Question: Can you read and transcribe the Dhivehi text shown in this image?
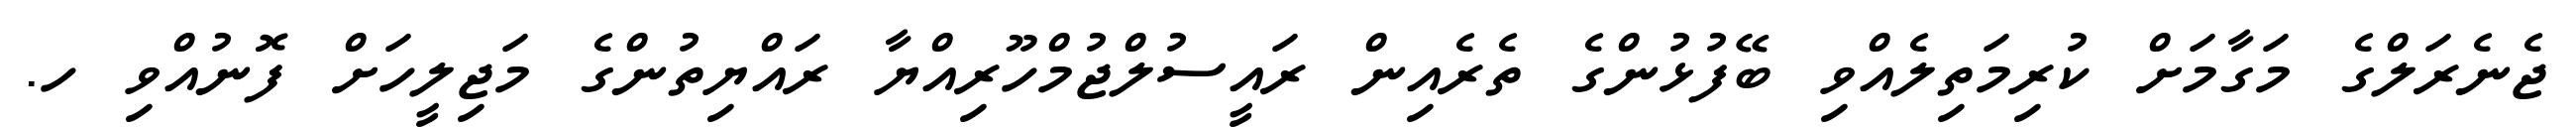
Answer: ޖެނެރަލްގެ މަގާމަށް ކުރިމަތިލެއްވި ބޭފުޅުންގެ ތެރެއިން ރައީސުލްޖުމްހޫރިއްޔާ ރައްޔިތުންގެ މަޖިލީހަށް ފޮނުއްވި ހ.